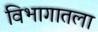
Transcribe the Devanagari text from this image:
विभागातला